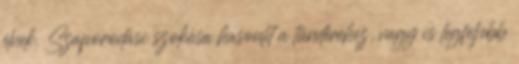
élnek. Szaporodási szokása hasonlít a tündéréhez, vagy is legfeljebb